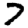
Digit: 7